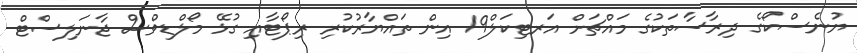
ޔުނެސްކޯގެ ދިރާސާތަކުގެ މައްޗަށް އަރޓިކަލް19 އިން ތައްޔާރުކުރި ރިޕޯޓާއި ގުޅޭ މޯލްޑިވްސް ޖާނަލިސްޓް